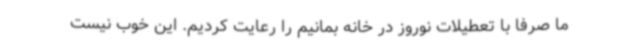
ما صرفا با تعطیلات نوروز در خانه بمانیم را رعایت کردیم. این خوب نیست